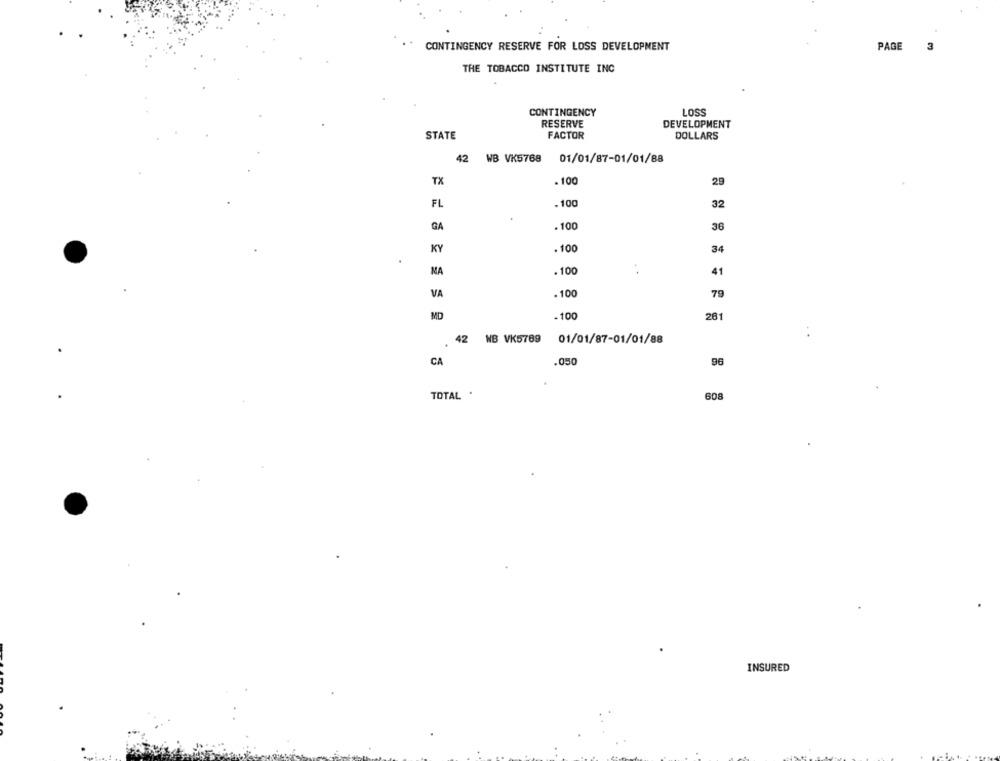
CONTINGENCY RESERVE FOR LOSS DEVELOPMENT
PAGE
3
THE TOBACCO INSTITUTE INC
CONTINGENCY
LOSS
RESERVE
DEVELOPMENT
STATE
FACTOR
DOLLARS
42 WB VK5768
01/01/87-01/01/88
TX
. 100
29
FL
.100
32
GA
. 100
36
KY
.100
34
MA
. 100
41
VA
.100
79
MD
. 100
281
42 WB VK5789
01/01/87-01/01/88
CA
.050
96
TOTAL .
608
INSURED